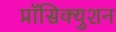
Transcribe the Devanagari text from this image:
प्रॉसिक्युशन